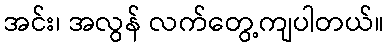
အင်း၊ အလွန် လက်တွေ့ကျပါတယ်။